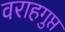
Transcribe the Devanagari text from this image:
वराहगुप्त